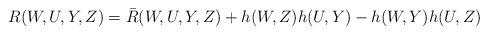
LaTeX: \begin{align*}R(W,U,Y,Z)=\bar{R}(W,U,Y,Z)+h(W,Z)h(U,Y)-h(W,Y)h(U,Z)\end{align*}